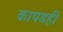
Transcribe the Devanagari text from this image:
कापडही